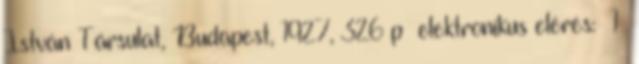
István Társulat, Budapest, 1927, 326 p →elektronikus elérés: 1